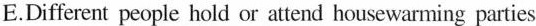
E.Different people hold or attend housewarming parties